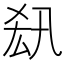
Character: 𠫲